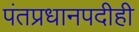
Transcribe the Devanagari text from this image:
पंतप्रधानपदीही